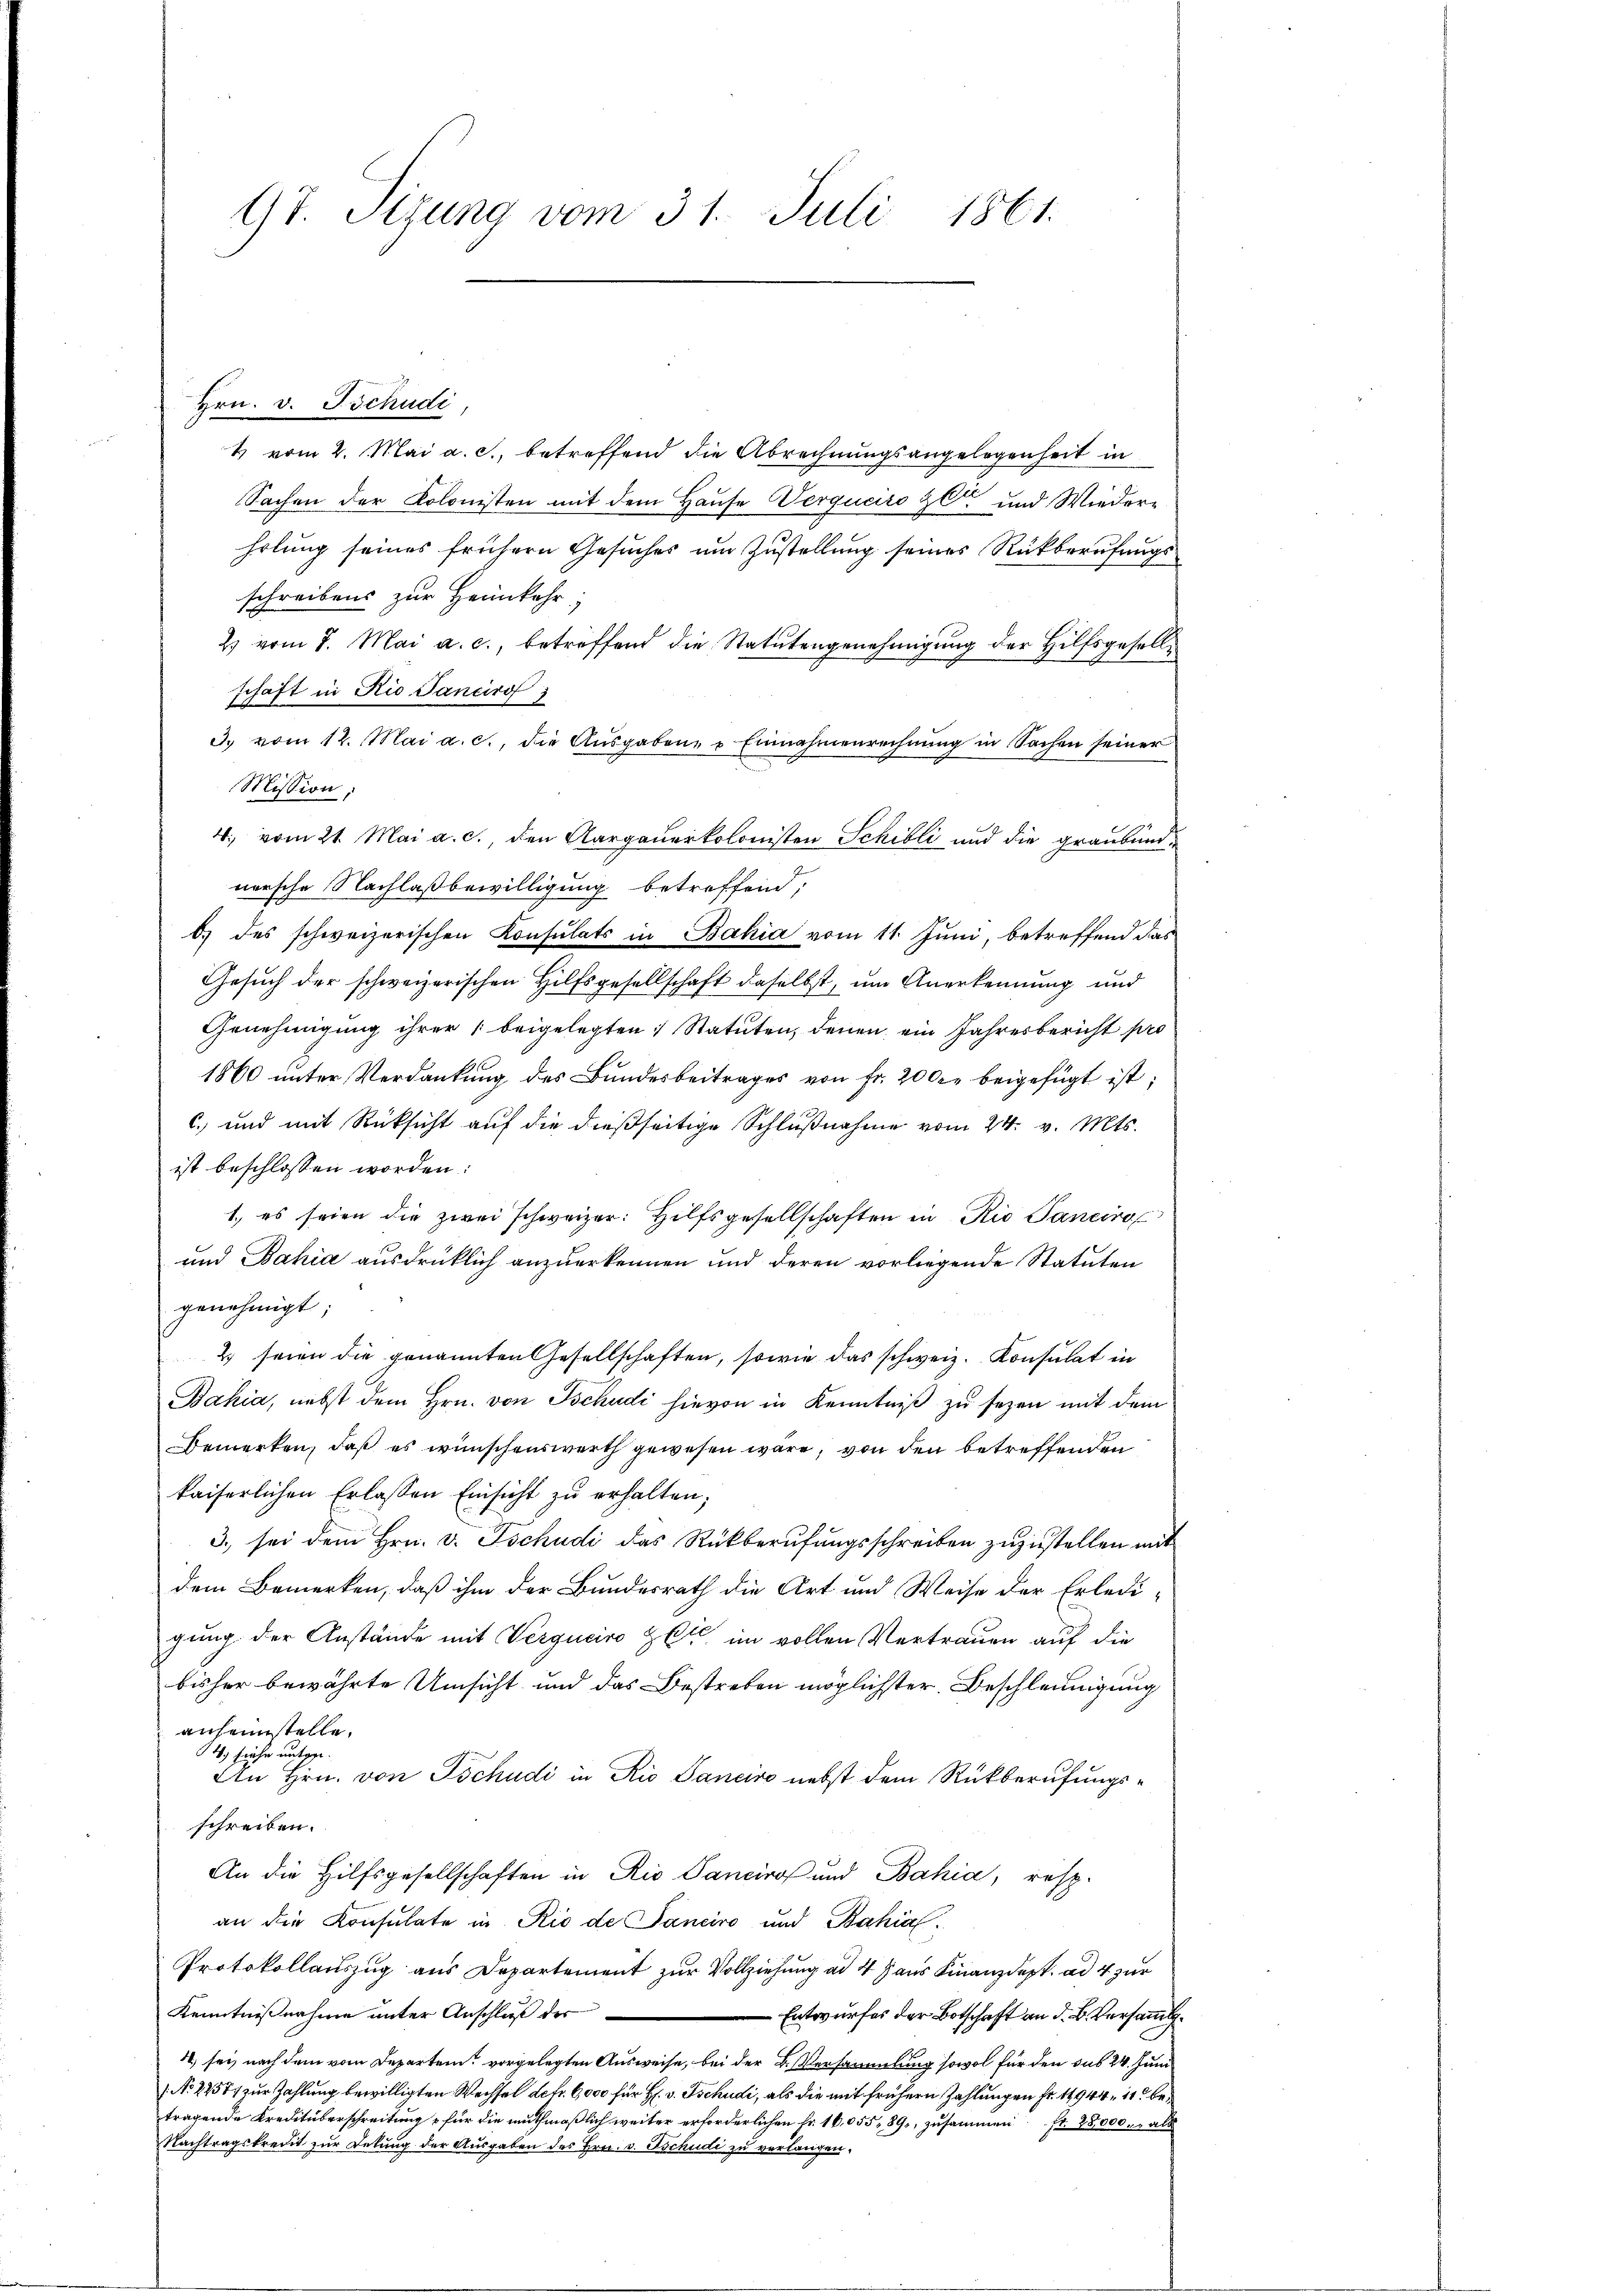
97. Sizung vom 31. Juli 1861.

Hrn. v. Tschudi
t vom 2. Mai a. c., betreffend die Abrechnungsangelegenheit in
Sachen der Kolonisten mit dem Hause Verguciro zwar und Wiederholung seines frühern Gesuches um Zustellung seines Rückberufungs
schreibens zur Heimkehr
2) vom 8. Mai a. c., betreffend die Statutengenehmigung der Hilfsgesellschaft in Rio Sancirt
d. vom 12. Mai a. c., die Ausgaben- u Einnahmenrechnung in Sachen seiner
Mission;
4. vom 21. Mai a. c., den Aargauerkolonisten Schilli und die graubend.
nersche Nachlaßbewilligung betreffend,
b.) des schweizerischen Konsulats in Bahia vom 11. Juni, betreffend das
Gesuch der schweizerischen Hilfsgesellschaft daselbst, um Anerkennung und
Genehmigung ihrer beigelegten Statuten, denen ein Jahresbericht pro
1860 unter Verdankung des Bundesbeitrages von fr. 200. beigefügt ist;
c. und mit Rücksicht auf die dießseitige Schlußnahme vom 24. v. Mts.
ist beschlossen worden:
1., es seien die zwei schweizer: Hilfsgesellschaften in Rio Sanciro
und Bahia ausdrücklich anzuerkennen und deren vorliegende Statuten
genehmigt;
2 seien die genannten Gesellschaften, sowie das schweiz. Konsulat in
Bahia, nebst dem Hrn. von Tschudi hievon in Kenntniß zu sezen mit dem
Bemerken, daß es wünschenswerth gewesen wäre, von den betreffenden
kaiserlichen Erlassen Einsicht zu erhalten;
3. sei dem Hrn. v. Tschudi das Rückberufungsschreiben zuzustellen mit
dem Bemerken, daß ihm der Bundesrath die Art und Weise der Erledi-
gung der Anstände mit Verguciro Zeit im vollen Vertrauen auf die
bisher bewährte Umsicht und das Bestreben möglichster Beschleunigung
anheimstelle.
4., siehe entgege
An Hrn. von Tschudi in Rio Sanciro nebst dem Rückberufungsschreiben.
An die Hilfsgesellschaften in Rio Sancirol und Bahia, resp.
an die Konsulate in Rio de Janeiro und Bahial-
Protokollauszug aus Departement zur Vollziehung ad 4 Haus Finanzdept. ad 4 zur
Kenntnißnahme unter Anschluß der
-Entwurfes der Botschaft an d. B. Versamlg.
41, sei, nach dem vom Departem vorgelegten Ausweise, bei der B. Versammlung sowol für den sub 24. Juni
(No 22571 zur Zahlung bewilligten Wechsel defr. 6,000 für H. v. Tschudi, als die mit frühern Zahlungen fr. 11944 n 11. betragende Kreditüberschreitung für die muthmaßlich weiter erforderlichen Fr. 16,055, 89, zusammen Fr. 28,000. als
Nachtragskredit zur Dekŭng der Ausgaben des Hrn. v. Tschudi zu verlangen,